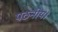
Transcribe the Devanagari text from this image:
पठनीय।